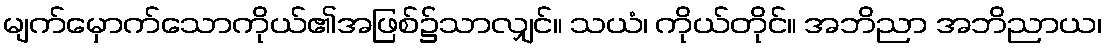
မျက်မှောက်သောကိုယ်၏အဖြစ်၌သာလျှင်။ သယံ၊ ကိုယ်တိုင်။ အဘိညာ အဘိညာယ၊